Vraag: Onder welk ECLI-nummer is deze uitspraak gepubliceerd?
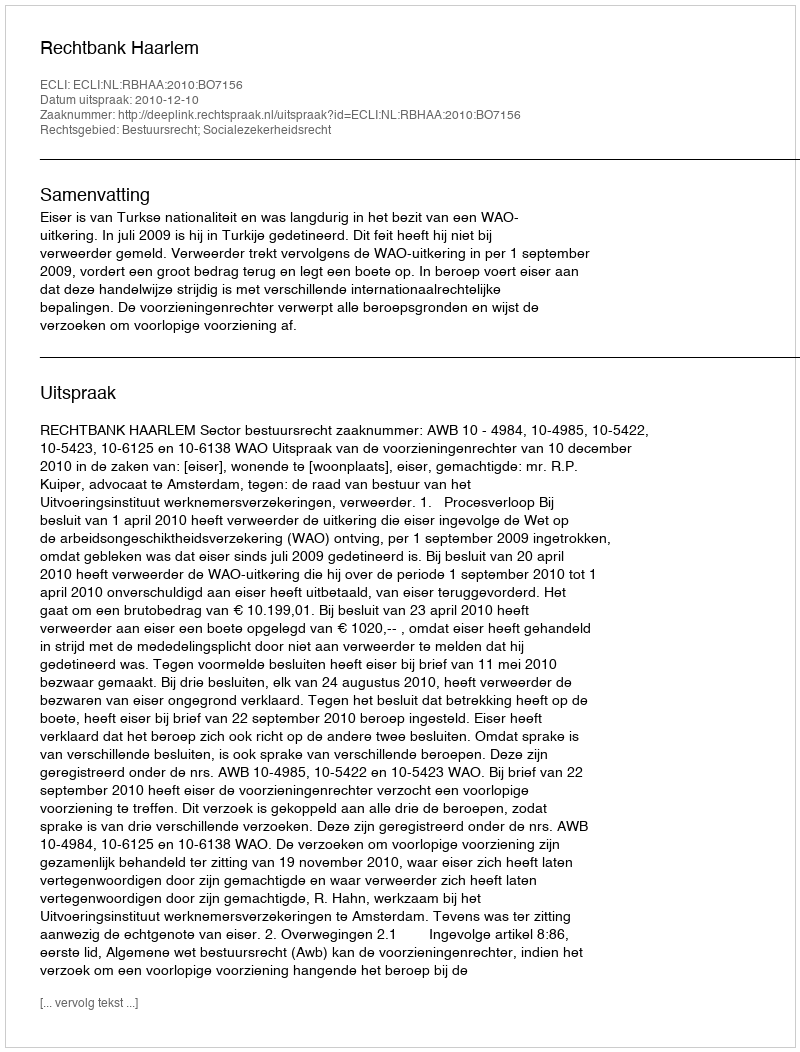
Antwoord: ECLI:NL:RBHAA:2010:BO7156